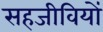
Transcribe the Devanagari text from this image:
सहजीवियों